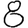
Digit: 8